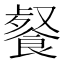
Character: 𩜨